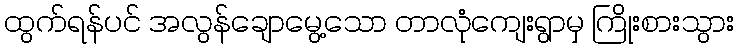
ထွက်ရန်ပင် အလွန်ချောမွေ့သော တာလုံကျေးရွာမှ ကြိုးစားသွား